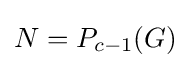
N=P_{c-1}(G)